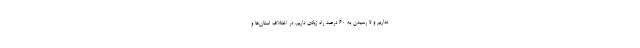
نداریم و تا رسیدن به ۶۰ درصد راه زیادی داریم. در اختلاف استان‌ها و